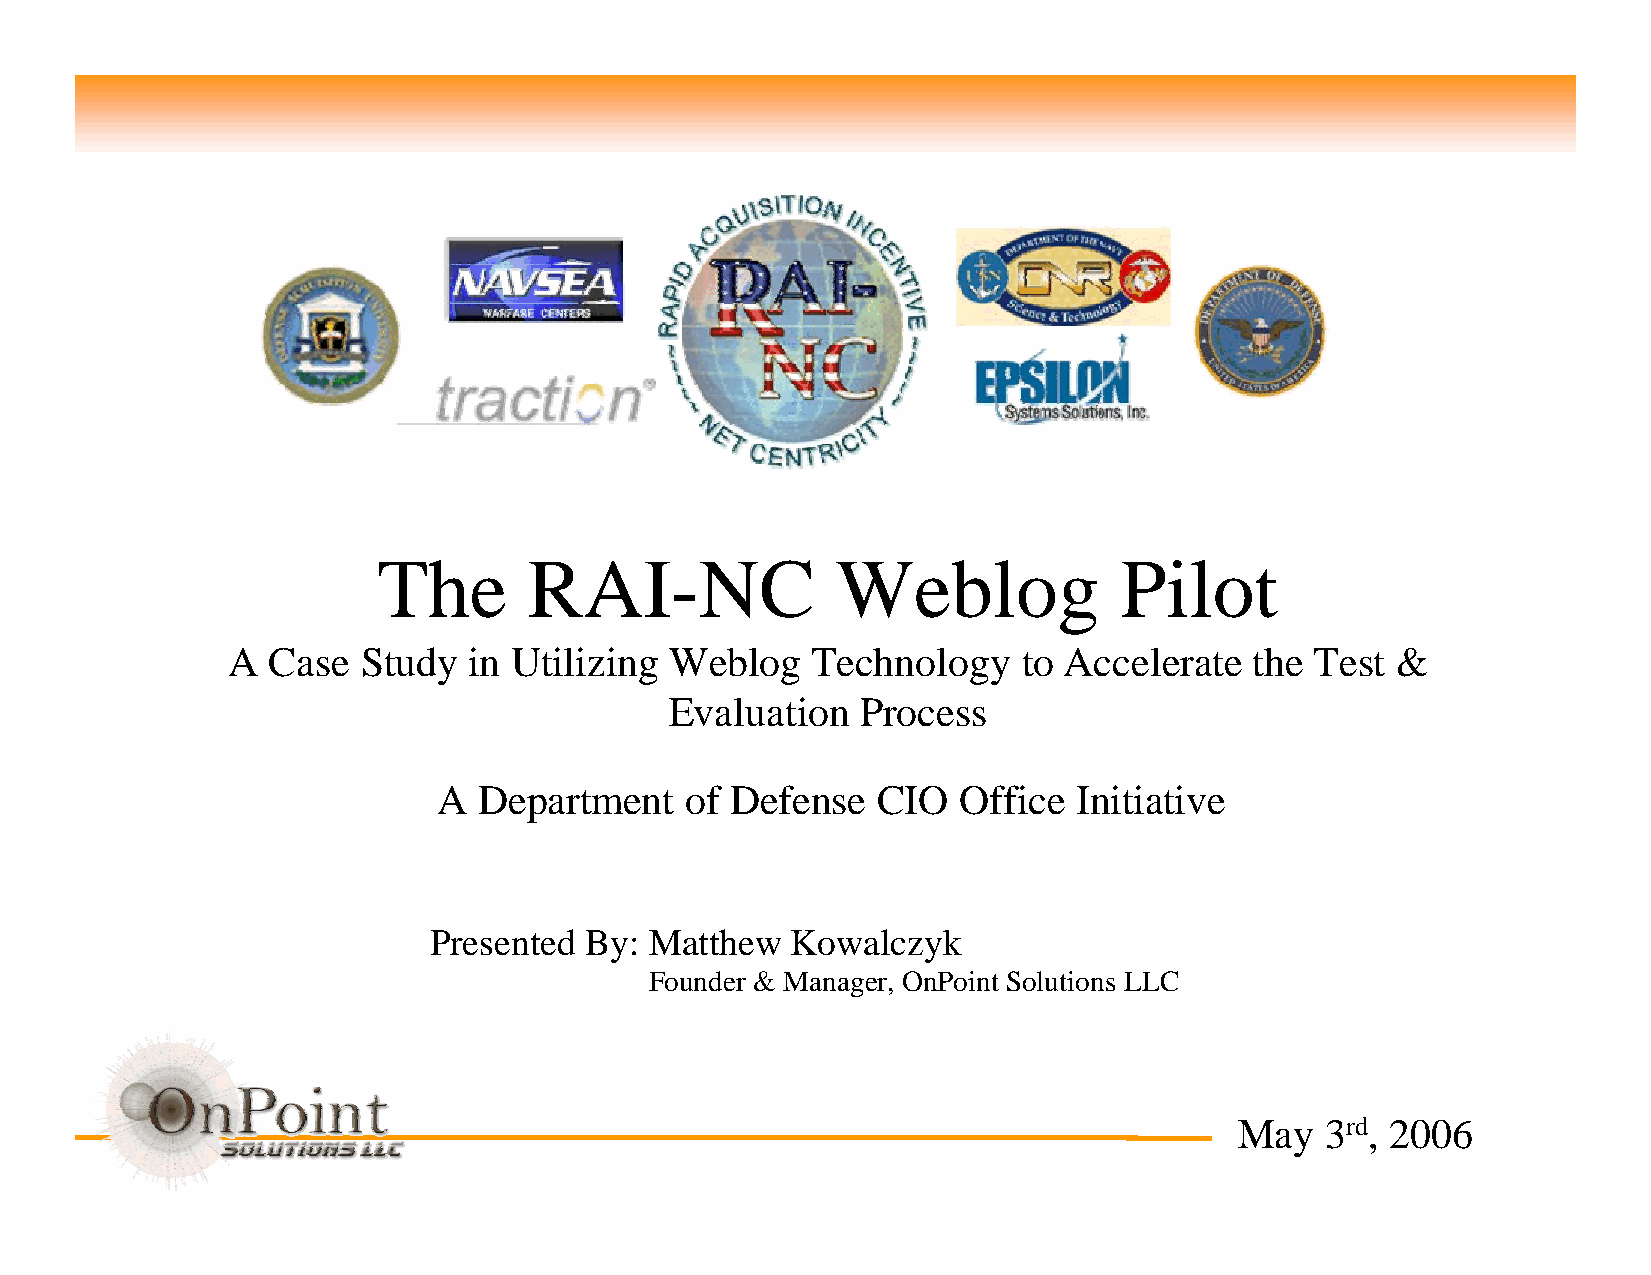
The       RAI-NC              Weblog             Pilot
 A  Case  Study  in Utilizing Weblog    Technology    to Accelerate  the Test &
 Evaluation   Process
 A  Department   of Defense   CIO   Office Initiative
 Presented  By: Matthew  Kowalczyk
 Founder & Manager, OnPoint Solutions LLC
 May   3rd, 2006